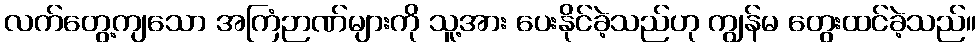
လက်တွေ့ကျသော အကြံဉာဏ်များကို သူ့အား ပေးနိုင်ခဲ့သည်ဟု ကျွန်မ တွေးထင်ခဲ့သည်။